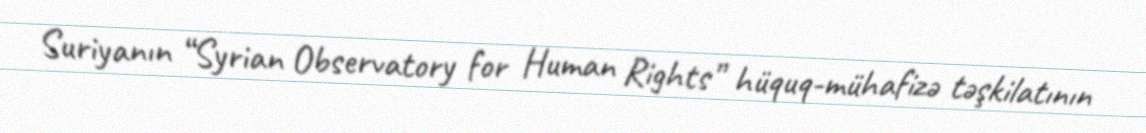
Suriyanın “Syrian Observatory for Human Rights” hüquq-mühafizə təşkilatının